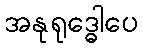
အနုရုဒ္ဓေါပေ